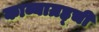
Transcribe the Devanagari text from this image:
काव्याग्रह्ची